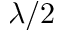
\lambda / 2